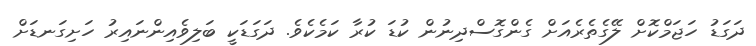
ދަގަޑު ހަޖަމްކޮށް ލޭގެތެރެއަށް ގެންގޮސްދިނުން ކުޑަ ކުރާ ކަމެކެވެ. ދަގަޑަކީ ބަލިވެއިންނައިރު ހަށިގަނޑަށް